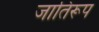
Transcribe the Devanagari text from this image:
जातिरूप